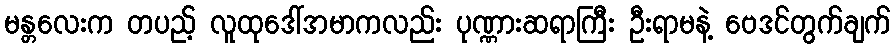
မန္တလေးက တပည့် လူထုဒေါ်အမာကလည်း ပုဏ္ဏားဆရာကြီး ဦးရာမနဲ့ ဗေဒင်တွက်ချက်